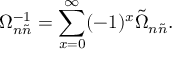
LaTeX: \Omega _ { n \tilde { n } } ^ { - 1 } = \sum _ { x = 0 } ^ { \infty } ( - 1 ) ^ { x } \tilde { \Omega } _ { n \tilde { n } } .